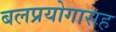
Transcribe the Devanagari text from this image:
बलप्रयोगासह